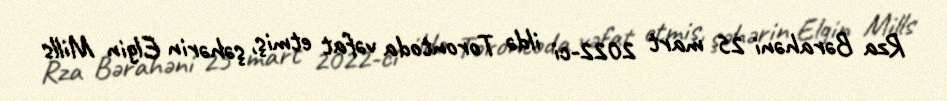
Rza Bərahəni 25 mart 2022-ci ildə Torontoda vəfat etmiş, şəhərin Elgin Mills